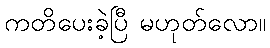
ကတိပေးခဲ့ပြီ မဟုတ်လော။